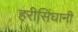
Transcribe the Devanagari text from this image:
हरीसिंघानी